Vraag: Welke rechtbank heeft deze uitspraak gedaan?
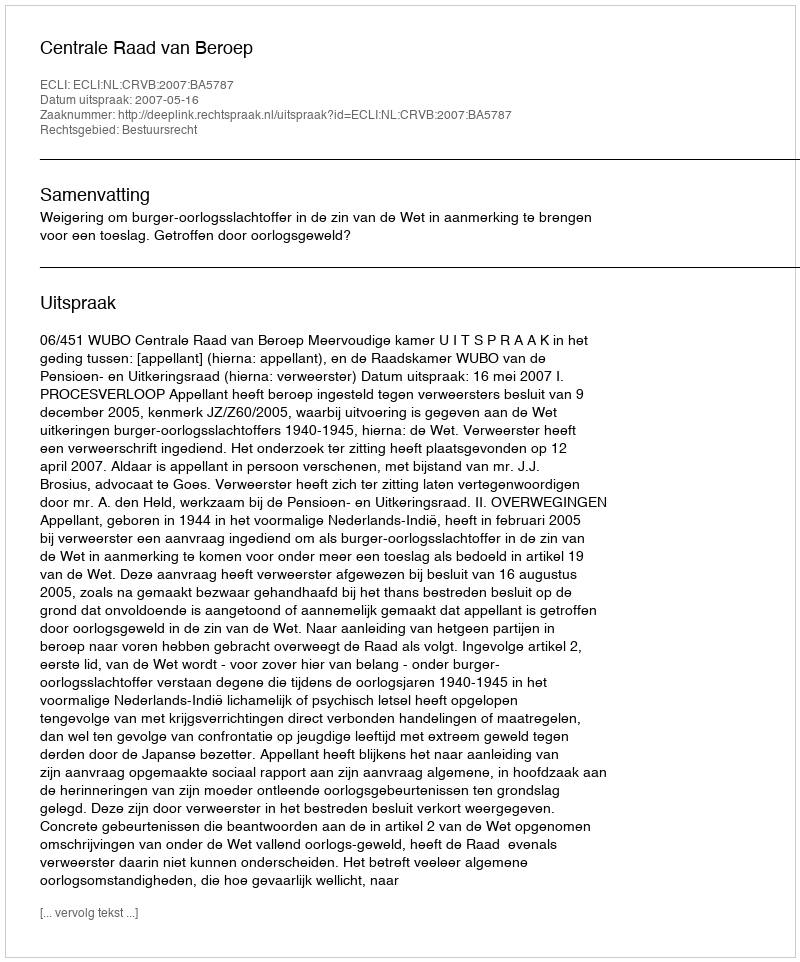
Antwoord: Centrale Raad van Beroep